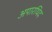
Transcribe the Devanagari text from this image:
अपारथिद